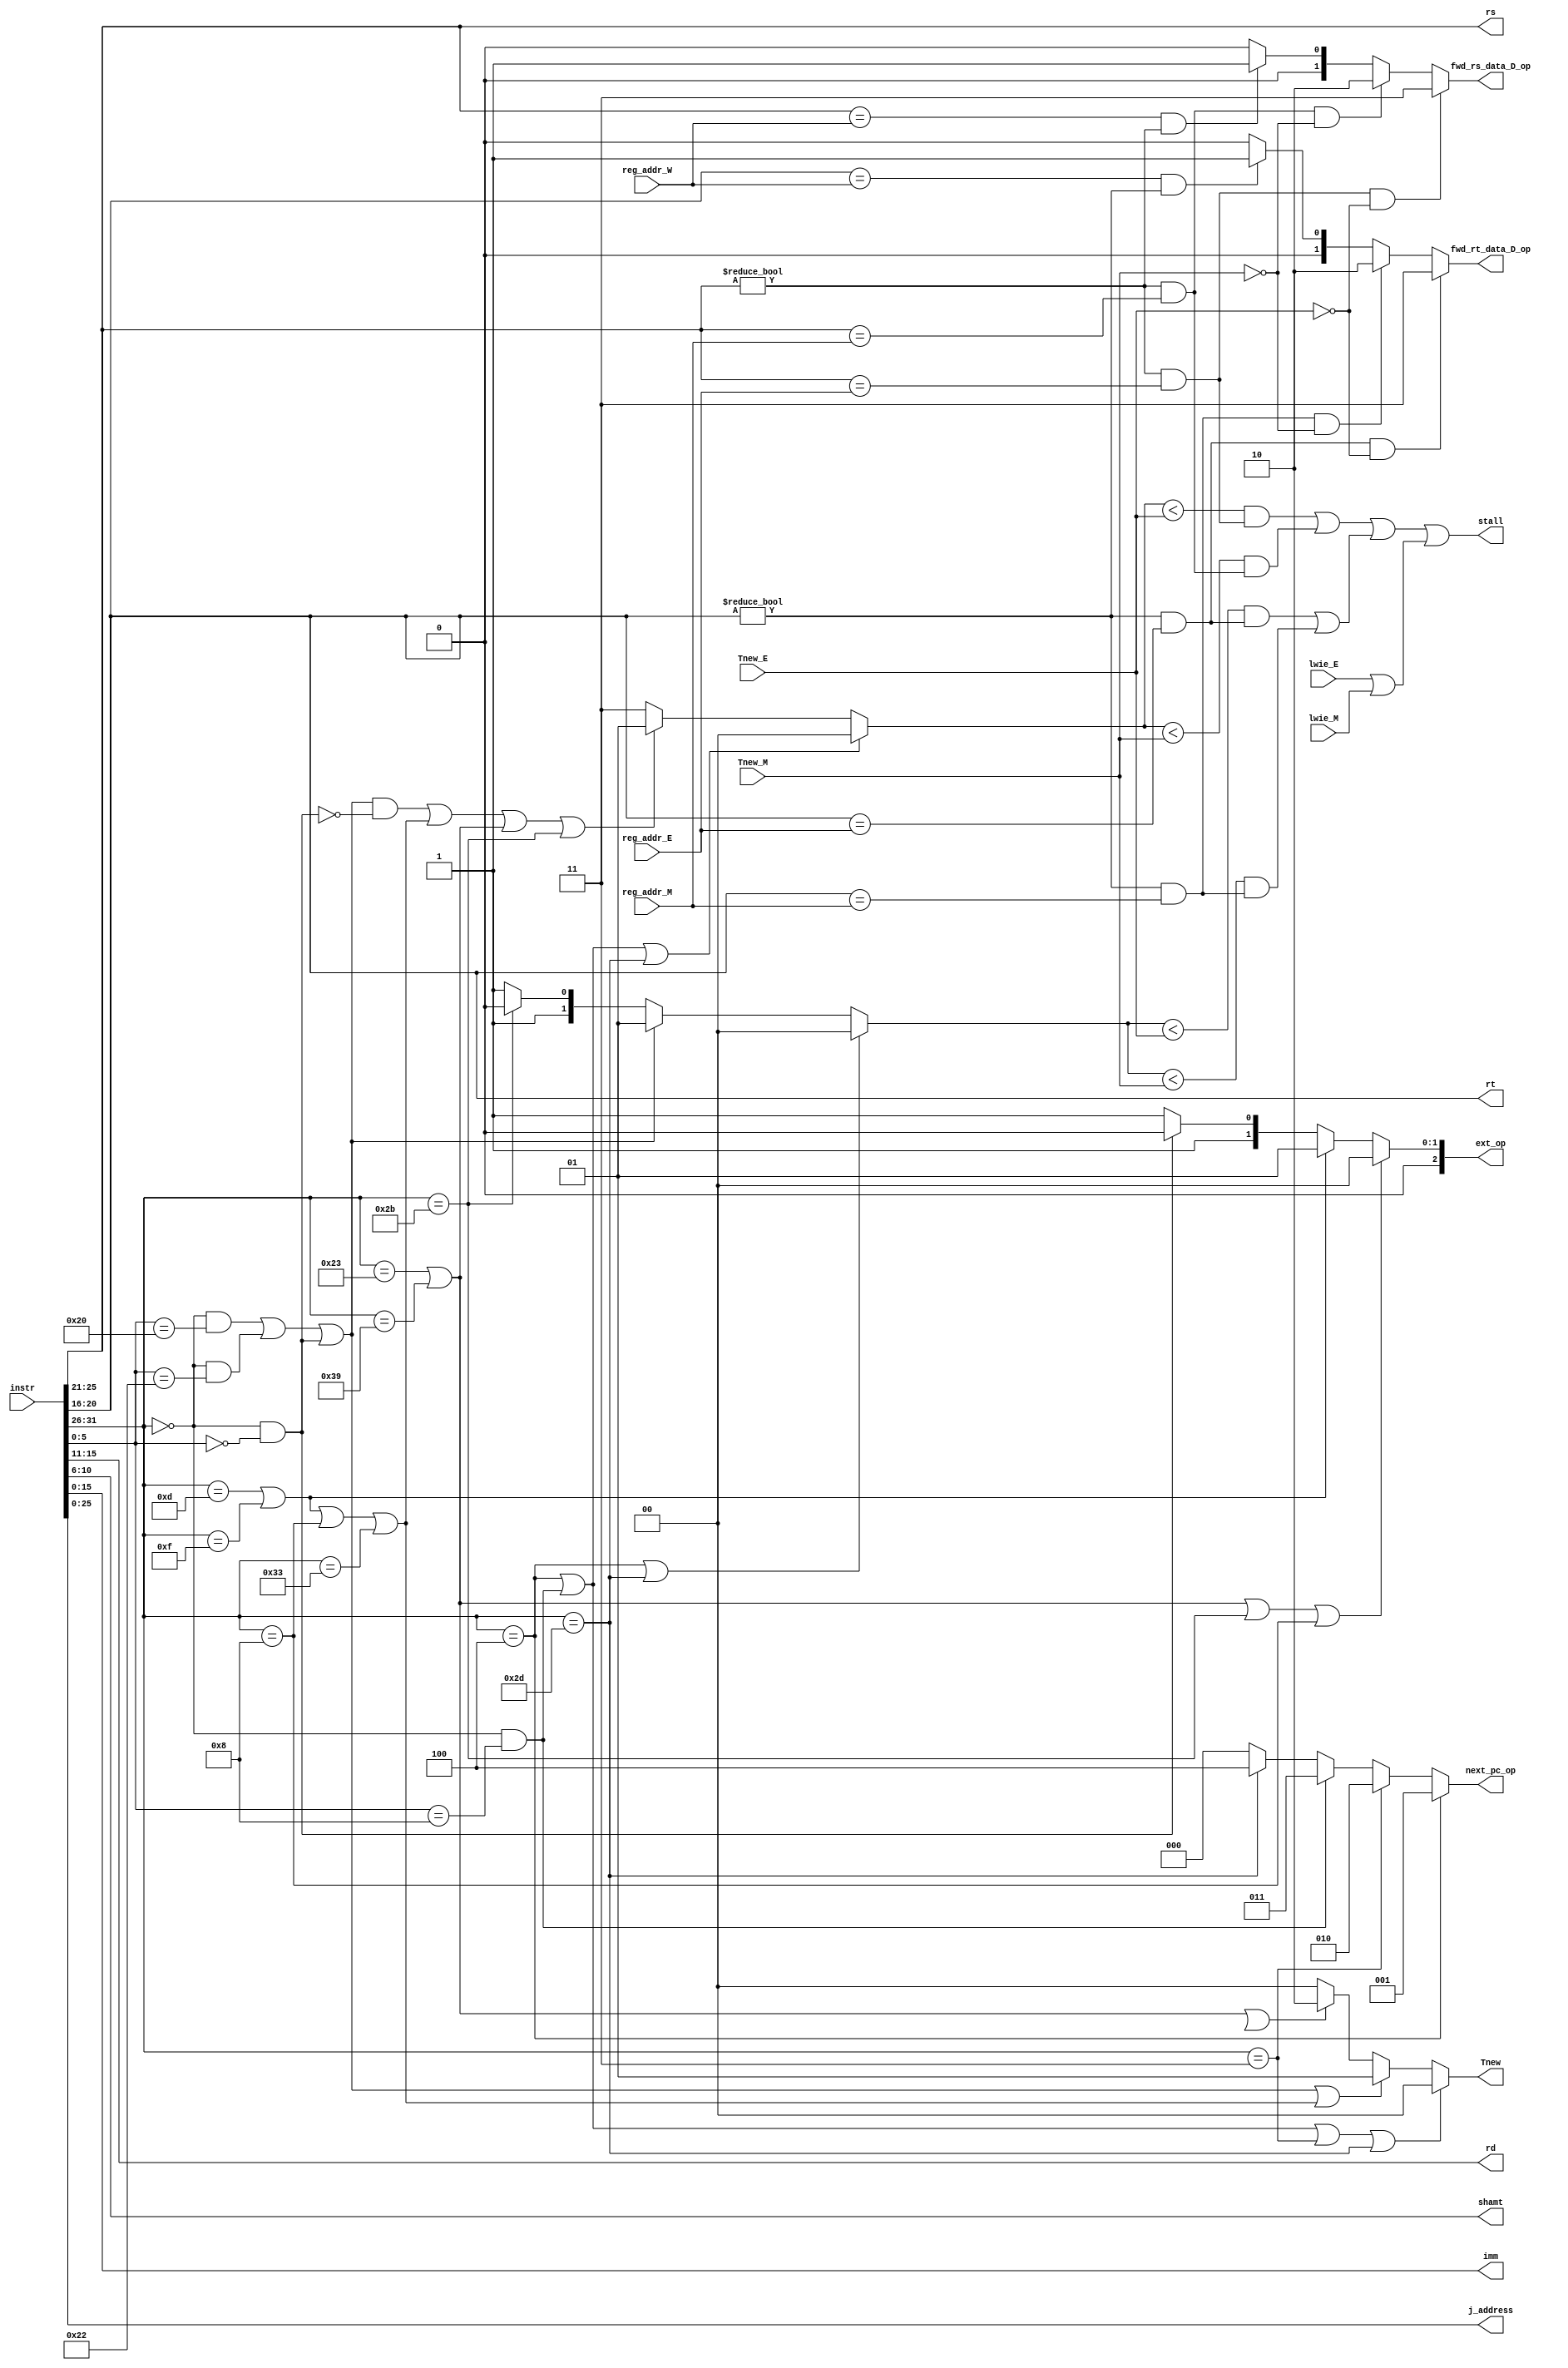
module CU_D (
    input [31:0] instr,

    output [25:21] rs,
    output [20:16] rt,
    output [15:11] rd,
    output [ 10:6] shamt,
    output [ 15:0] imm,
    output [ 25:0] j_address,

    output reg [2:0] next_pc_op,  //PC
    output reg [2:0] ext_op,      //EXT

    input [4:0] reg_addr_E,  //处理冲突
    input [4:0] reg_addr_M,
    input [4:0] reg_addr_W,

    input      [1:0] Tnew_E,
    input      [1:0] Tnew_M,
    output reg [1:0] Tnew,

    output reg stall,

    output reg [1:0] fwd_rs_data_D_op,
    output reg [1:0] fwd_rt_data_D_op,

    input lwie_E,
    input lwie_M
);
    wire [5:0] op = instr[31:26];
    assign rs    = instr[25:21];
    assign rt    = instr[20:16];
    assign rd    = instr[15:11];
    assign shamt = instr[10:6];
    wire [5:0] func = instr[5:0];
    assign imm       = instr[15:0];
    assign j_address = instr[25:0];

    wire R = (op == 6'b000000);

    wire add = R & (func == 6'b100000);
    wire sub = R & (func == 6'b100010);
    wire jr = R & (func == 6'b001000);
    wire sll = R & (func == 6'b000000);

    wire ori = (op == 6'b001101);
    wire lw = (op == 6'b100011);
    wire sw = (op == 6'b101011);
    wire beq = (op == 6'b000100);
    wire lui = (op == 6'b001111);
    wire jal = (op == 6'b000011);

    //额外添加指令
    wire addi = (op == 6'b001000);
    wire lwie = (op == 6'b111001);
    wire addei = (op == 6'b110011);
    wire bioal = (op == 6'b101101);

    //分组用于Tuse Tnew分析
    wire cal_r = (add | sub | sll);
    wire cal_i = (ori | lui | addi | addei);
    wire load = (lw | lwie);
    wire store = sw;
    ;
    //stall
    reg [1:0] Tuse_rs;
    reg [1:0] Tuse_rt;
    reg       stall_rs_E;
    reg       stall_rs_M;
    reg       stall_rt_E;
    reg       stall_rt_M;

    always @(*) begin
        /********* PC *************************/
        if (beq) next_pc_op = 3'd1;
        else if (jal) next_pc_op = 3'd2;
        else if (jr) next_pc_op = 3'd3;
        else if (bioal) next_pc_op = 3'd4;
        else next_pc_op = 3'd0;

        /********* EXT *************************/
        if (load | sw | addi) ext_op = 3'd0;  //sign_ext imm
        else if (ori | lui) ext_op = 3'd1;  //zero_ext imm
        else if (sll) ext_op = 3'd2;  //zero_ext shamt
        else if (addei) ext_op = 3'd3;  //one_ext imm
        else ext_op = 3'd3;  //0 默认符号扩展imm

        ///////////////////////// 冒险处理模块 //////////////////////////////////////

        /********* Tuse ************************/
        if (beq | jr | bioal) Tuse_rs = 2'd0;
        else if ((cal_r & ~sll) | cal_i | load | store) Tuse_rs = 2'd1;
        else Tuse_rs = 2'd3;  //默认写回或不用 虽然sll为cal_r但不用rs

        if (beq | bioal) Tuse_rt = 2'd0;
        else if (cal_r) Tuse_rt = 2'd1;
        else if (store) Tuse_rt = 2'd2;
        else if (lwtbi) Tuse_rt = 2'd3;
        else Tuse_rt = 2'd3;  //默认写回或不用

        /********* Tnew ************************/
        if (beq | jr | jal | bioal) Tnew = 2'd0;  //初始产生 不产生新数据
        else if (cal_r | cal_i) Tnew = 2'd1;
        else if (load | lwtbi) Tnew = 2'd2;
        else Tnew = 2'd0;  //默认初始产生 不产生新数据

        /********* stall ***********************/
        stall_rs_E = (Tuse_rs < Tnew_E) & (rs != 5'd0 & rs == reg_addr_E);  //若不可写则reg_addr=0
        stall_rs_M = (Tuse_rs < Tnew_M) & (rs != 5'd0 & rs == reg_addr_M);

        stall_rt_E = (Tuse_rt < Tnew_E) & (rt != 5'd0 & rt == reg_addr_E);
        stall_rt_M = (Tuse_rt < Tnew_M) & (rt != 5'd0 & rt == reg_addr_M);

        stall      = (stall_rs_E | stall_rs_M) | (stall_rt_E | stall_rt_M) | (lwie_E | lwie_M);

        /********* forward ***********************/
        if (rs == reg_addr_E & rs != 5'd0 & Tnew_E == 2'b00) fwd_rs_data_D_op = 2'd3;
        else if (rs == reg_addr_M & rs != 5'd0 & Tnew_M == 2'b00) fwd_rs_data_D_op = 2'd2;
        else if (rs == reg_addr_W & rs != 5'd0) fwd_rs_data_D_op = 2'd1;
        else fwd_rs_data_D_op = 2'd0;

        if (rt == reg_addr_E & rt != 5'd0 & Tnew_E == 2'b00) fwd_rt_data_D_op = 2'd3;
        else if (rt == reg_addr_M & rt != 5'd0 & Tnew_M == 2'b00) fwd_rt_data_D_op = 2'd2;
        else if (rt == reg_addr_W & rt != 5'd0) fwd_rt_data_D_op = 2'd1;
        else fwd_rt_data_D_op = 2'd0;

    end
endmodule